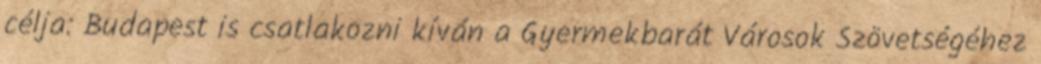
célja: Budapest is csatlakozni kíván a Gyermekbarát Városok Szövetségéhez